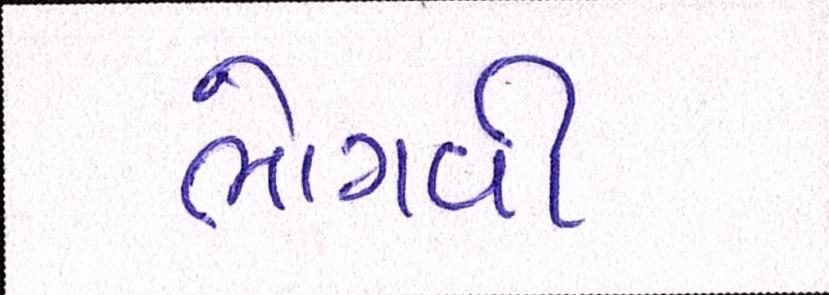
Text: ભોગવી